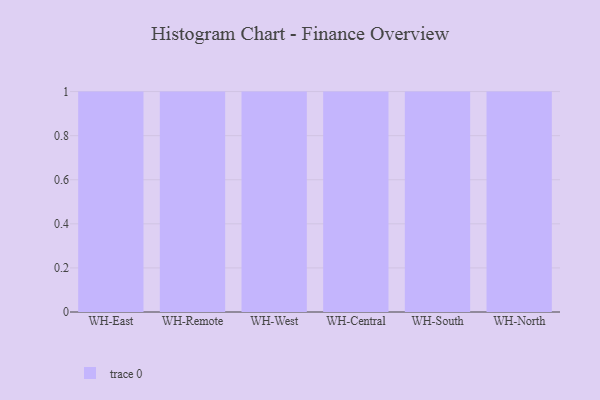
{"axis": {"x": "Warehouse", "y": "Temperature (°C)"}, "legend": [""], "data": [{"x": "WH-East", "y": 38, "type": ""}, {"x": "WH-Remote", "y": 2, "type": ""}, {"x": "WH-West", "y": 93, "type": ""}, {"x": "WH-Central", "y": 63, "type": ""}, {"x": "WH-South", "y": 22, "type": ""}, {"x": "WH-North", "y": 77, "type": ""}]}